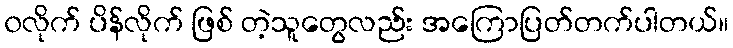
၀လိုက် ပိန်လိုက် ဖြစ် တဲ့သူတွေလည်း အကြောပြတ်တက်ပါတယ်။